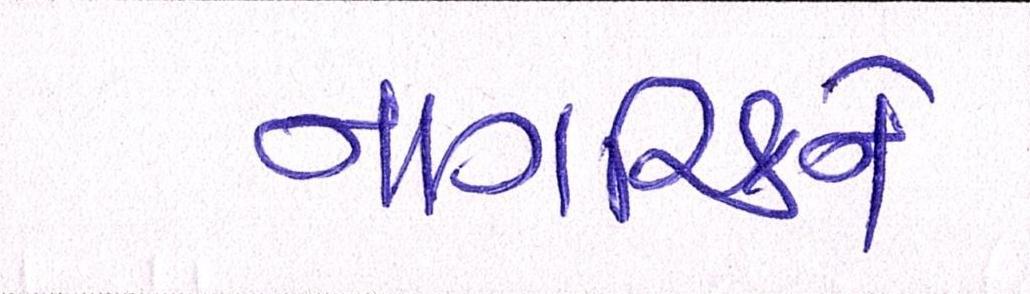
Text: નાગરિકને